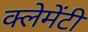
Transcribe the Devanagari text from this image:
क्लेमेंटी